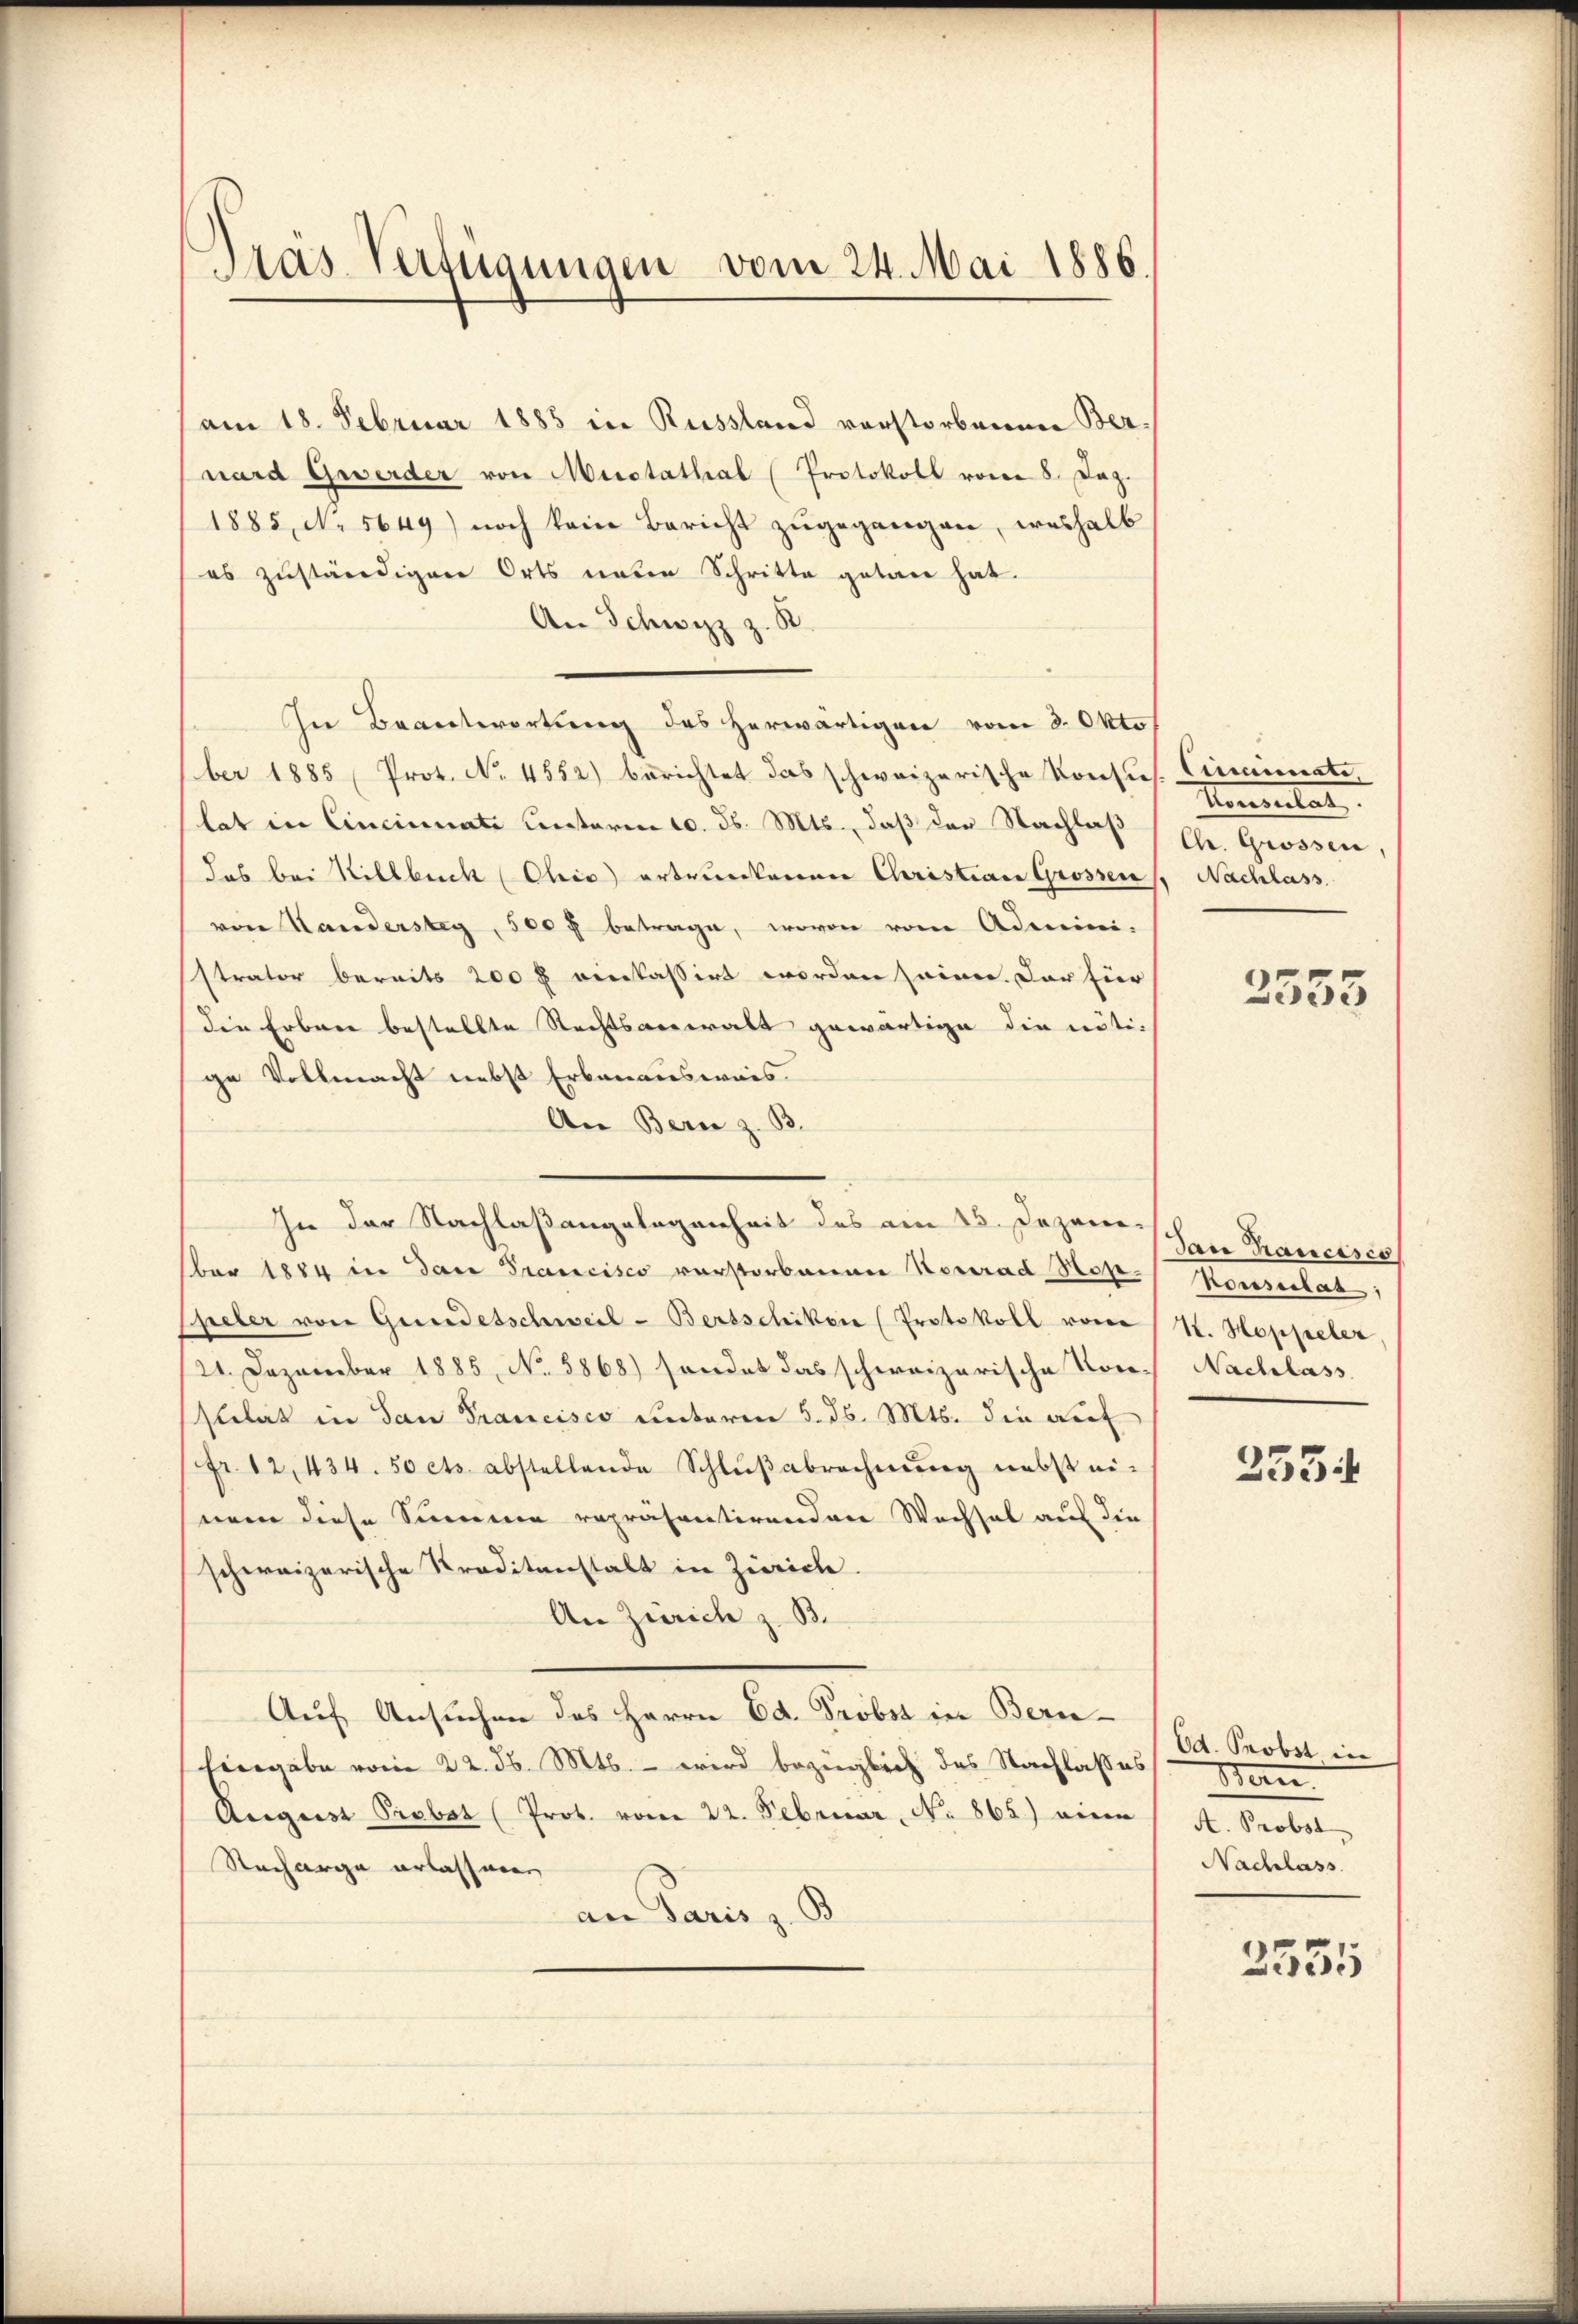
Das Verfügungen vom 24. Mai 1886.

am 18. Februar 1885 in Russland vorstorbenen Bernard Gewerder von Mustathal (Protokoll vom 8. Dez.
1885, N. 5649) noch kein Bericht zŭgegangen, weshalb
es zuständigen Orts unten Schritte getan hat.
An Schwyz z. B.
In Beantwortung des herwärtigen vom 3. Okto
ber 1885, Prot. No. 4552) berichtet das schweizerische Konsus. Cincinate,
lat in Cincinati unterm 10. d. Mts., daß der Nachlaß
das bei Hillbeck (Ohio ertrunkenen Christian Grossen, Nachlass
von Handersteg, 500 f betrage, wovon vom Admini-
strator bereits 200 f einkassirt worden seinen. Der für
die Erbrei bestellte Rechtsanwalt gewärtige die nötige Vollmacht nebst Erbauensweis
An Bern z. B.
In der Nachlaßangelegenheit des am 15. Dezane-
ber 1884 in das Prancisco verstorbenen Konrad Profes Konsulat,
Spieler von Gundesschweil-Bertschiken (Protokoll vom
21. Dezember 1885, No. 5868) sendet das schweizerische Vor- Nachlass
stilat in dan Francisco unterm 5. d. Mts. die auf
fr. 12, 434. 50 cts. abstellende Schlŭβabrechnŭng nebst ei-
nem diese Simmen repräsentirenden Wechsel auf die
schweizerische Kreditanstalt in Zürich.
An Zürich z. B.
Auf Ansuchen des Herrn Ed. Probst in Bernehingabe vom 22. d. Mts. – wird bezüglich das Nachlasses
August Probst (Prot. vom 22. Februar, No. 865.) einen
Nacharge erlassen.
an Paris z. B.

Momentat
Chr. Grossen,

2555

dau hancisco
I. Hoppeler

2554

Ed. Probst in
Wern
A. Probst
Nachlass

2551